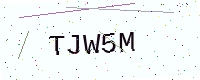
Text: TJW5M